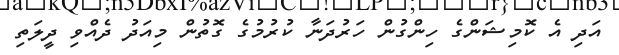
އަދި އެ ކޮމިޝަންގެ ހިންގުން ހަރުދަނާ ކުރުމުގެ ގޮތުން މިއަދު ދެއްވި ދީލަތި